Vaccination in Bombay 1924-1928 - 1924-1928
Year: 1924
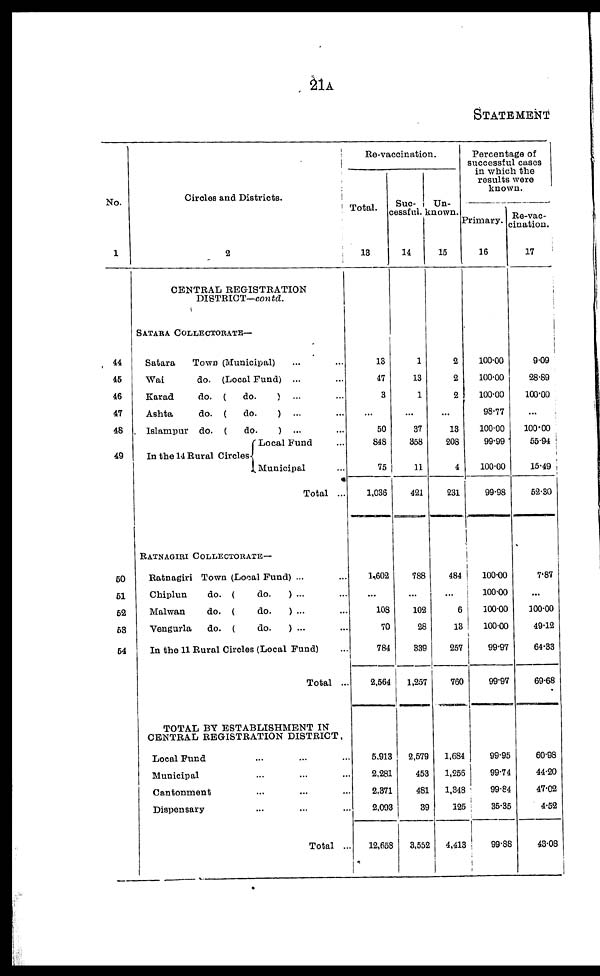
21A
STATEMENT
No.
1
44
45
46
47
48
49
50
51
52
53
54
Circles and Districts.
2
CENTRAL REGISTRATION
DISTRICT—contd.
SATARA COLLECTORATE—
Satara
Town (Municipal) ... ...
Wai
do. (Local Fund) ... ...
Karad
do. (
do.
) ... ...
Ashta
do. (
do.
) ... ...
Islampur do. (
do.
) ... ...
In the 14 Rural Circles
Local Fund ...
Municipal ...
Total ...
RATNAGIRI COLLECTORATE—
Ratnagiri Town (Local Fund) ... ...
Chiplun
do. (do.
) ... ...
Malwan
do. (do.
) ... ...
Vengurla
do. (do.
) ... ...
In the 11 Rural Circles (Local Fund) ...
Total ...
TOTAL BY ESTABLISHMENT IN
CENTRAL REGISTRATION DISTRICT.
Local Fund ... ... ...
Municipal ... ... ...
Cantonment ... ... ...
Dispensary ... ... ...
Total ...
Re-vaccination.
Total.
13
13
47
3
...
50
848
75
1,036
1,602
...
108
70
784
2,564
5,913
2,281
2,371
2,093
12,558
Suc¬
cessful.
14
1
13
1
...
37
358
11
421
788
...
102
28
339
1,257
2,579
453
481
39
3,552
Un-
known.
15
2
2
2
...
13
208
4
231
484
...
6
13
257
760
1,684
1,256
1,348
125
4,413
Percentage of
successful cases
in which the
results were
known.
Primary.
16
100.00
100.00
100.00
98.77
100.00
99.99
100.00
99.98
100.00
100.00
100.00
100.00
99.97
99.97
99.95
99.74
99.84
35.35
99.88
Re-vac-
cination.
17
9.09
28.89
100.00
...
100.00
55.94
15.49
52.30
7.87
...
100.00
49.12
64.33
69.68
60.98
44.20
47.02
4.52
43.08